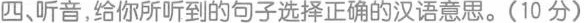
四听音，给你所听到的句子选择正确的汉语意思。(10分)